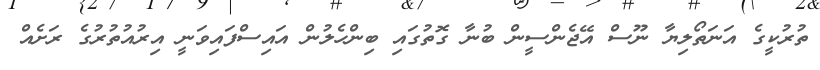
ތުރުކީގެ އަނަތޯލިޔާ ނޫސް އޭޖެންސީން ބުނާ ގޮތުގައި ބިންހެލުން އައިސްފައިވަނީ އިރުއުތުރުގެ ރަށެއް